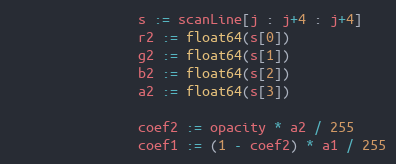
Language: Go
				s := scanLine[j : j+4 : j+4]
				r2 := float64(s[0])
				g2 := float64(s[1])
				b2 := float64(s[2])
				a2 := float64(s[3])

				coef2 := opacity * a2 / 255
				coef1 := (1 - coef2) * a1 / 255